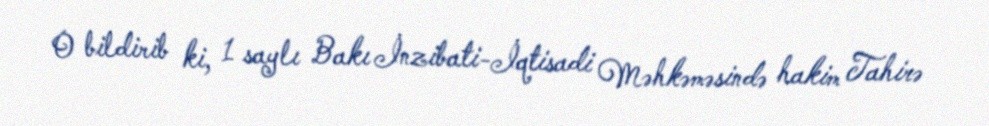
O bildirib ki, 1 saylı Bakı İnzibati-İqtisadi Məhkəməsində hakim Tahirə